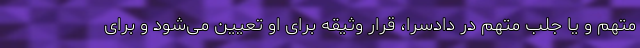
متهم و یا جلب متهم در دادسرا، قرار وثیقه برای او تعیین می‌شود و برای